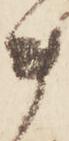
ま